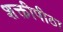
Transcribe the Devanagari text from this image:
शक्तीपीठा